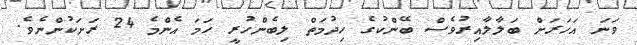
ވަނަ އަހަރަށް ބަލާލާއިރުވެސް ބޭންކުގެ ހިދުމަތް ލިބެންހުރީ ހަމަ އެންމެ 24 ރަށަކުންނެވެ.